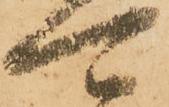
可